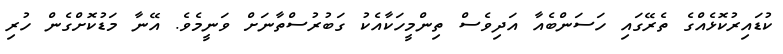
ކުޑައިރުކޮޅެއްގެ ތެރޭގައި ހަސަންބެއާ އަދިވެސް ތިންމީހަކާއެކު ގަބުރުސްތާނަށް ވަނީމެވެ. އޭނާ މަޑުކޮށްގެން ހުރި